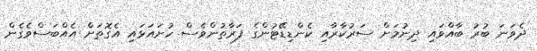
ދެވަނަ ބުރު ބާއްވައި ދިނުމަށް ސަރުކާރާއި ކެންޑިޑޭޓުންގެ ފަރާތުންވެސް ހުށައަޅައި އެގޮތަށް އެއްބަސްވެގެން